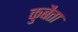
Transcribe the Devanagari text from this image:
कुबैता